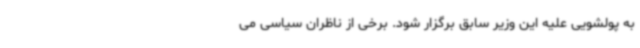
به پولشویی علیه این وزیر سابق برگزار شود. برخی از ناظران سیاسی می